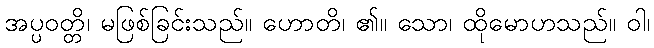
အပ္ပဝတ္တိ၊ မဖြစ်ခြင်းသည်။ ဟောတိ၊ ၏။ သော၊ ထိုမောဟသည်။ ဝါ၊